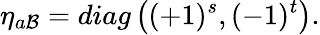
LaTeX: \eta_{a\mathcal{B}}=diag\left((+1)^{s},(-1)^{t}\right).